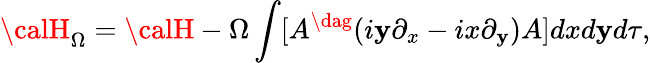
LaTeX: {\calH}_{\Omega}={\calH}-\Omega\int[A^{\dag}(i\mathbf{y}\partial_{x}-ix\partial_{\mathbf{y}})A]dxd\mathbf{y}d\tau,